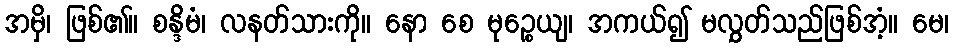
အမှိ၊ ဖြစ်၏။ စန္ဒိမံ၊ လနတ်သားကို။ နော စေ မုဉ္စေယျ၊ အကယ်၍ မလွှတ်သည်ဖြစ်အံ့။ မေ၊